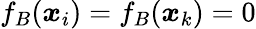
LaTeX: f_{B}(\boldsymbol{x}_{i})=f_{B}(\boldsymbol{x}_{k})=0